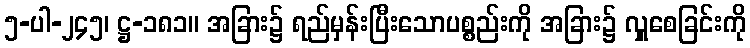
၅-ပါ-၂၄၅၊ ဋ္ဌ-၁၈၁။ အခြား၌ ရည်မှန်းပြီးသောပစ္စည်းကို အခြား၌ လှူစေခြင်းကို